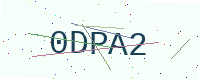
Text: 0DPA2